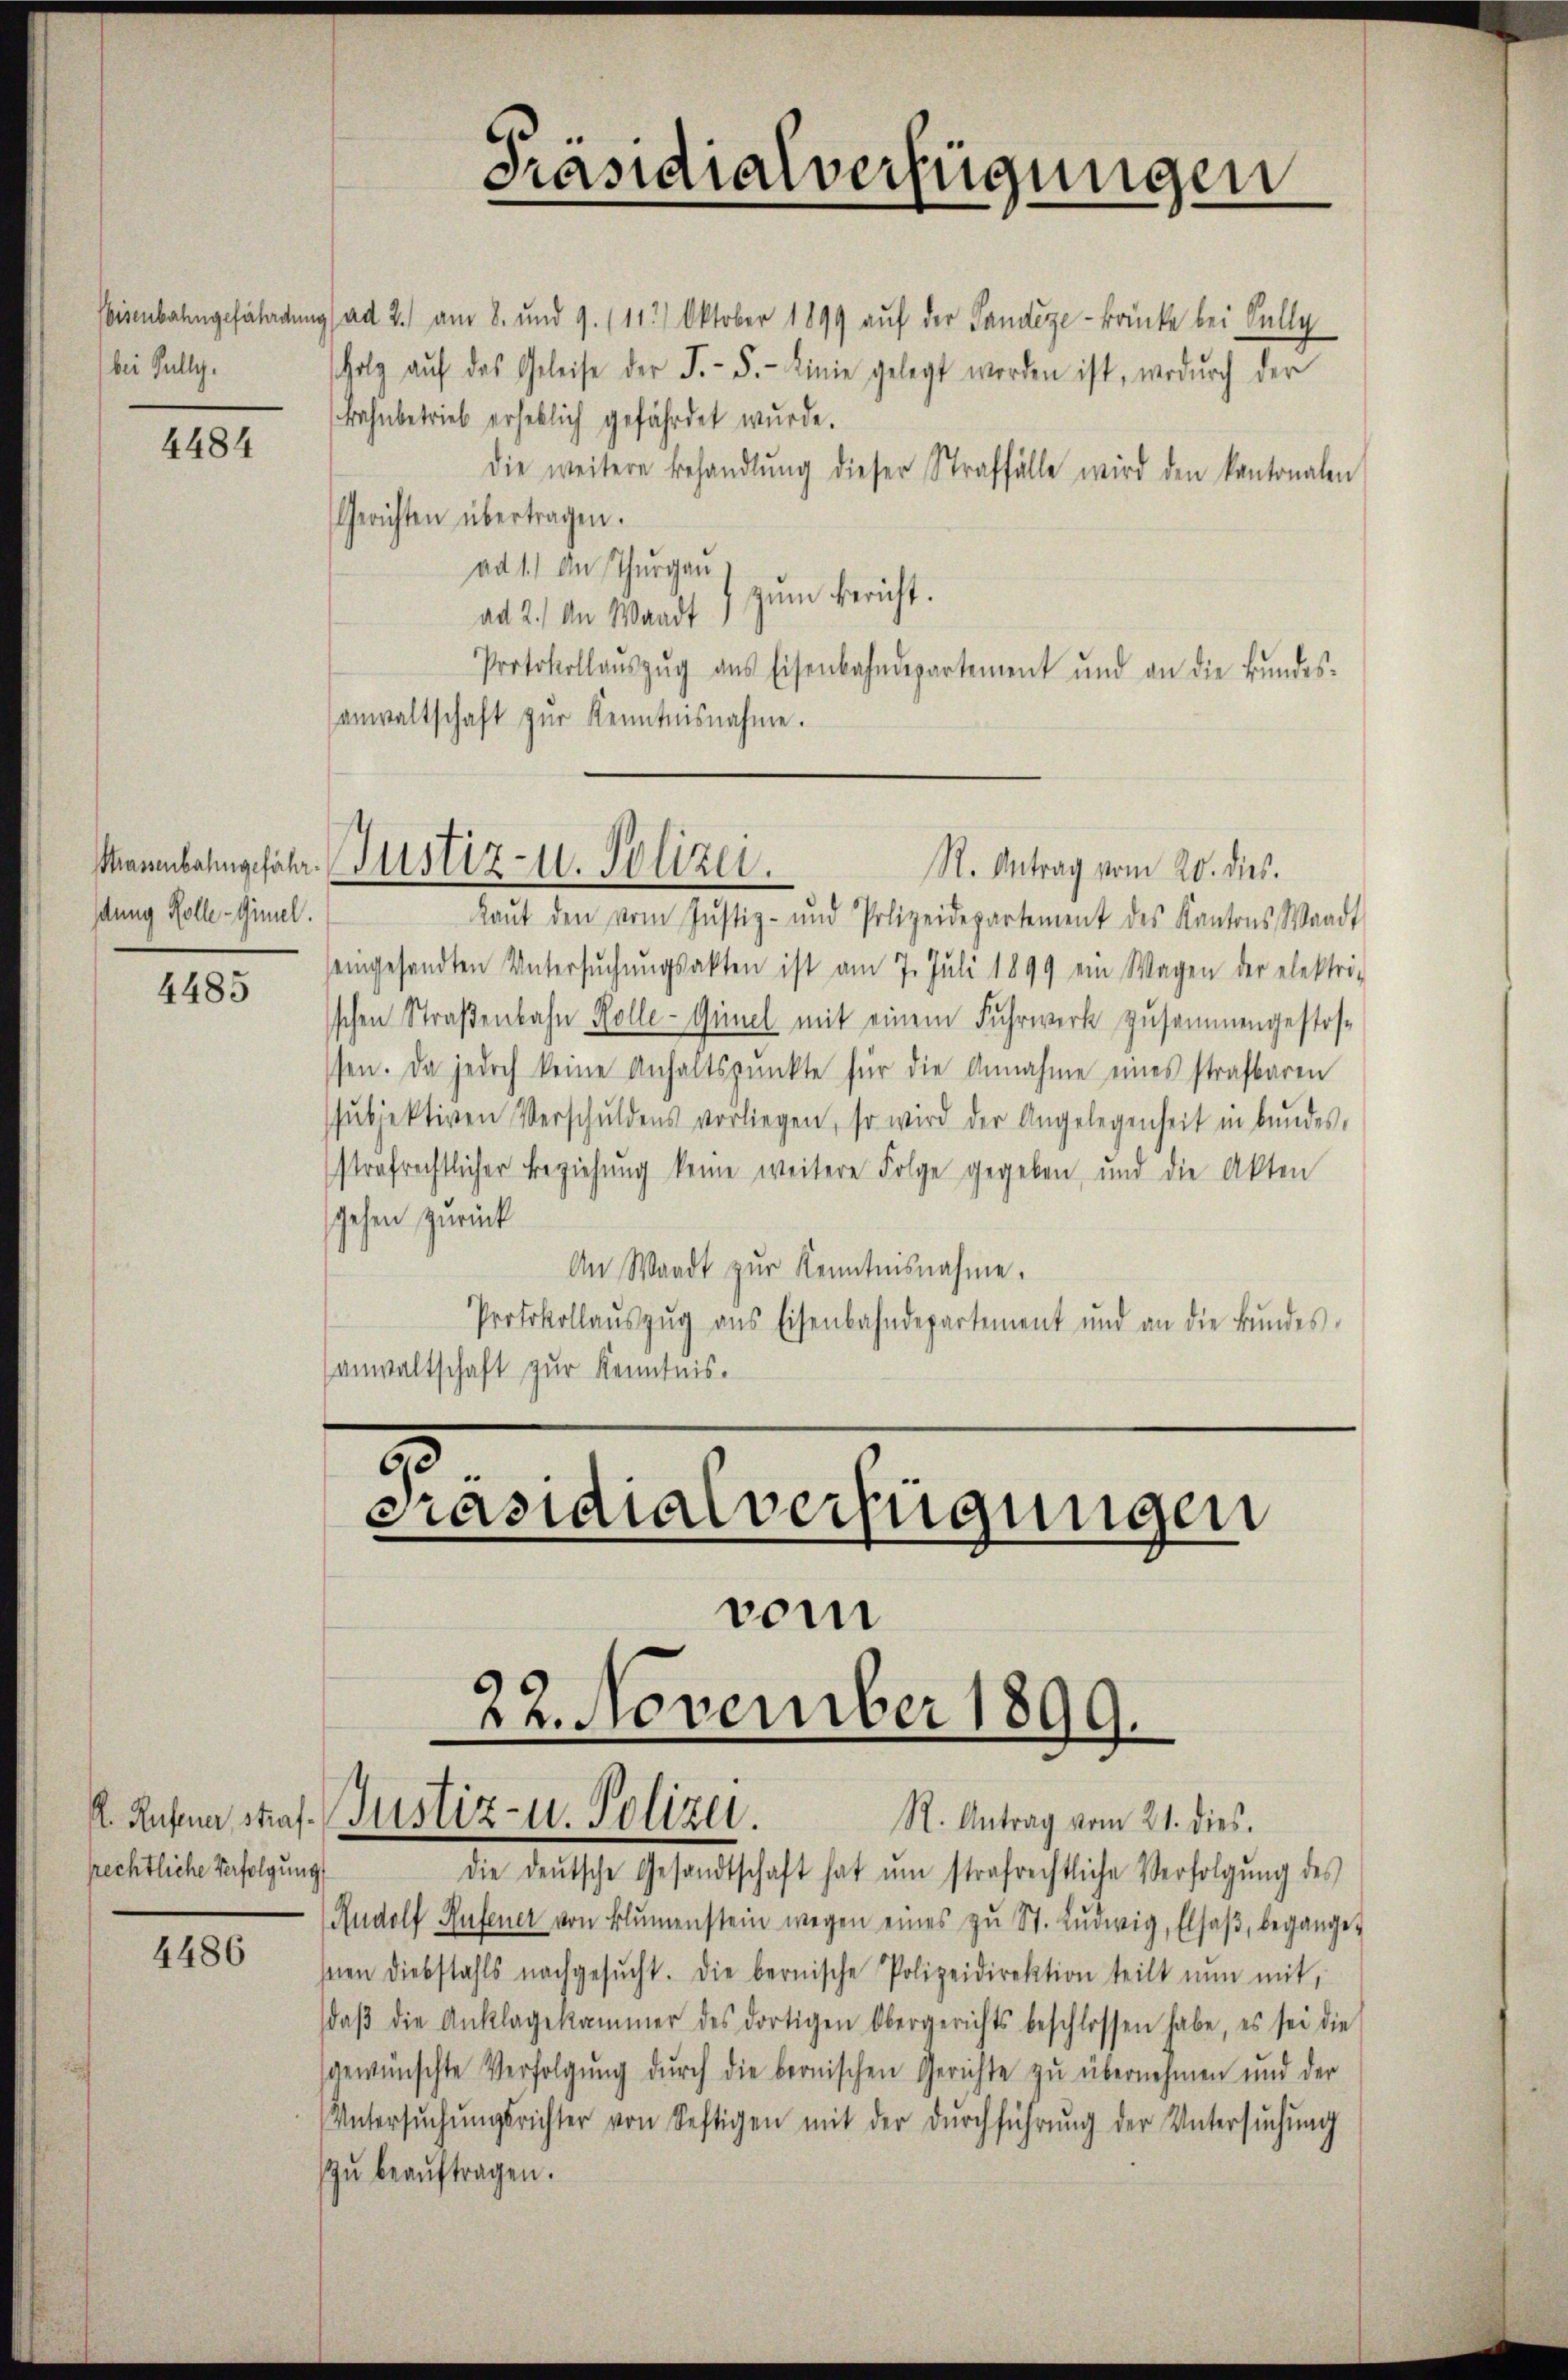
bisenbahngefährdung
bei Pully.

4484

Prassenbahngefährdtung Rolle-Gimel.

4485

prechtliche Verfolgung

4486

Präsidialverfügungen

ad 2.) am 8. und 9. (112) Oktober 1899 aŭf der Sandege-Bänke bei Selly
Holz aŭf das Geleise der F. - 5.- Linie gelegt worden ist, wodurch der
Bahnbetrieb erheblich gefährdet wurde.
die weitere Behandlŭng dieser Straffälle wird den kantonalen
Gerichten übertragen.
ad 1.) An Thurgau
zum Bericht.
ad 2.) An Waadt
Protokollaŭszŭg ans Eisenbahndepartement und an die Bŭndes-
anwaltschaft zŭr Kenntnisnahme.

R. Antrag vom 20. dies.
Laŭt den vom Justiz- und Polizeidepartement des Kantons Waadt
eingesandten Untersŭchŭngsakten ist am 7. Juli 1899 ein Wagen der elektri-
schen Straßenbahn Kolle-Günel mit einem Fuhrwerk zusammengestos-
sen. Da jedoch keine Anhaltspunkte für die Annahme eines strafbaren
ssubjektiven Verschuldens vorliegen, so wird der Angelegenheit in bundes,
strafrechtlicher Beziehŭng keine weitere Folge gegeben und die Akten
gehen zurück
An Waadt zŭr Kenntnisnahme.
Protokollaŭszŭg ans Eisenbahndepartement und an die Bŭndes-
sanwaltschaft zur Kenntnis.

Justiz- u. Polizei.

.
Präsidialverfügungen
22. November 1899.
K. Rusa straf. Justiz- u. Polizei.
R. Antrag vom 21. dies.

vom

die deŭtsche Gesandtschaft hat um strafrechtliche Verfolgŭng des
Rudolf Hufener von Blŭmenstein wegen eines zŭ St. Knorrig, Elsaβ, beganget
snen Diebstahls nachgesŭcht. Die bernische Polizeidirektion teilt nun mit,
daβ die Anklagekammer des dortigen Obergerichts beschlossen habe, es sei die
gewünschte Verfolgung durch die bernischen Gerichte zu übernehmen und der
Untersŭchŭngsrichter von Seftigen mit der dŭrchführŭng der Untersŭchŭng
zŭ beaŭftragen.